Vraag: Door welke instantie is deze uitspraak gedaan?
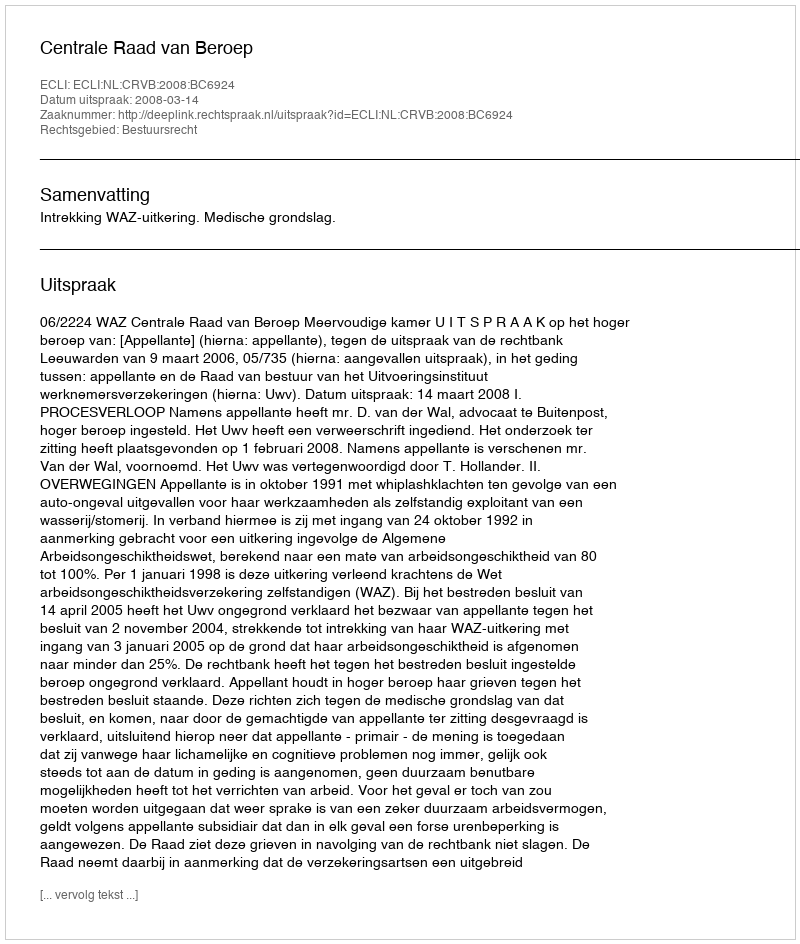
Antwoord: Centrale Raad van Beroep